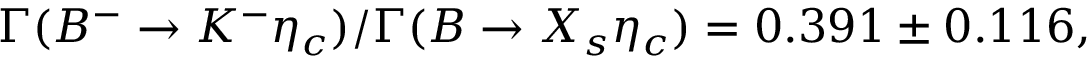
\Gamma ( B ^ { - } \rightarrow K ^ { - } \eta _ { c } ) / \Gamma ( B \rightarrow X _ { s } \eta _ { c } ) = 0 . 3 9 1 \pm 0 . 1 1 6 ,